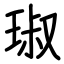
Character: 琡